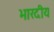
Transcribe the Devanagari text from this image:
भारदीय